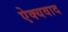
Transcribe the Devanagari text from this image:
ऐक्यवाद